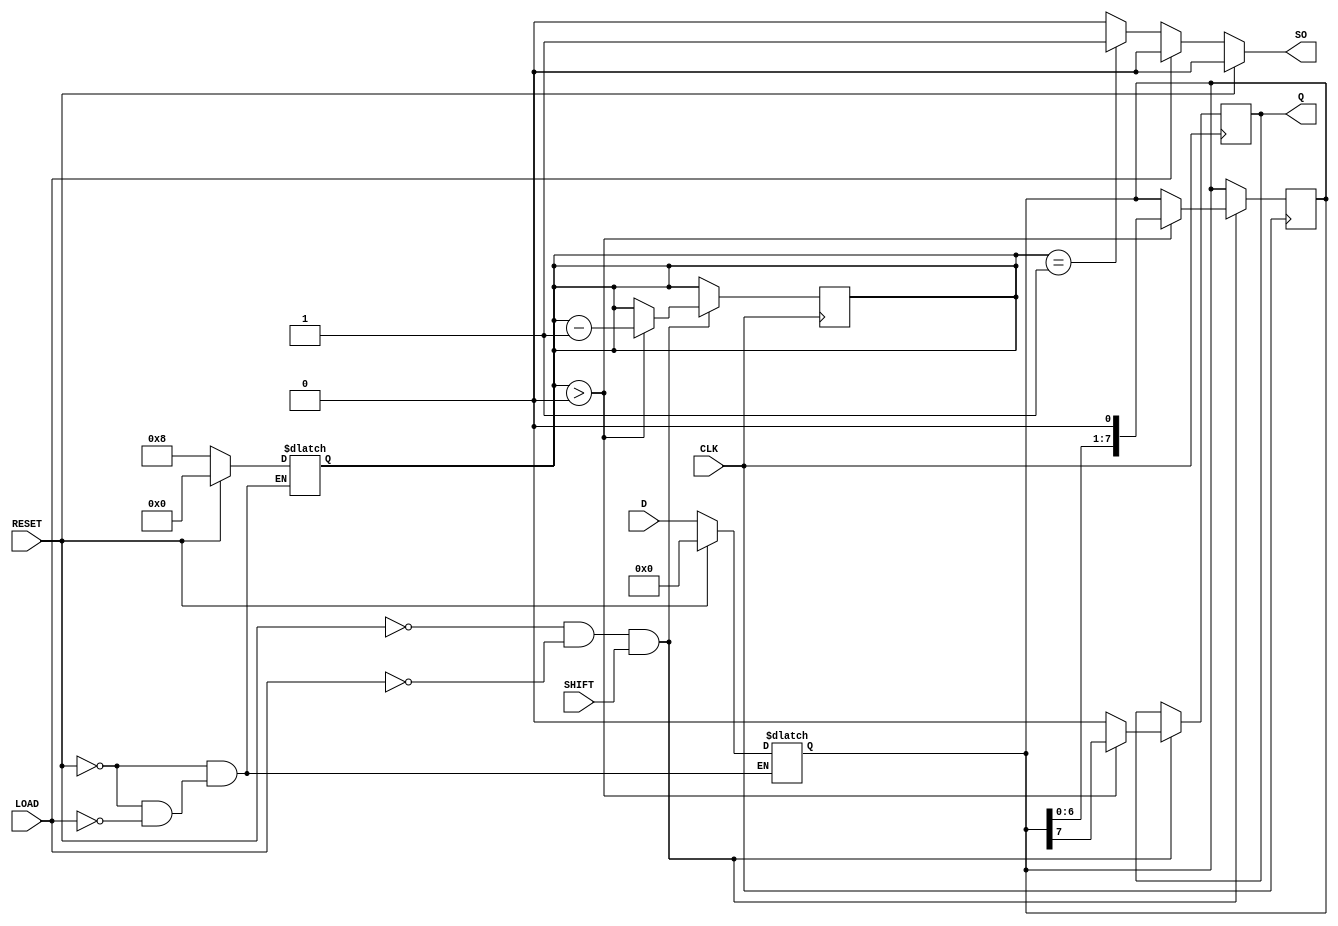
module PISO_Register #(
    parameter WIDTH = 8  // Define the width of the register
)(
    input wire [WIDTH-1:0] D,      // Parallel data inputs
    input wire LOAD,                // Load control signal
    input wire SHIFT,               // Shift control signal
    input wire CLK,                 // Clock signal
    input wire RESET,               // Asynchronous reset signal
    output reg Q,                   // Serial output
    output reg SO                   // Shifted Out Indicator
);

    reg [WIDTH-1:0] shift_reg;      // Internal shift register
    reg [3:0] bit_count;             // Counter for the number of bits shifted out

    // Asynchronous reset and loading
    always @(*) begin
        if (RESET) begin
            shift_reg = {WIDTH{1'b0}}; // Clear the register
            bit_count = 0;             // Reset bit count
            SO = 1'b0;                 // Clear shifted out indicator
        end else if (LOAD) begin
            shift_reg = D;             // Load data into the register
            bit_count = WIDTH;         // Set bit count to WIDTH
            SO = 1'b0;                 // Clear shifted out indicator
        end else begin
            SO = (bit_count == 1) ? 1'b1 : 1'b0; // Set SO when last bit is shifted out
        end
    end

    // Shifting operation
    always @(posedge CLK) begin
        if (!RESET && !LOAD && SHIFT) begin
            if (bit_count > 0) begin
                Q <= shift_reg[WIDTH-1]; // Shift out the MSB
                shift_reg <= {shift_reg[WIDTH-2:0], 1'b0}; // Shift left
                bit_count <= bit_count - 1; // Decrement bit count
            end else begin
                Q <= 1'b0; // If no bits left to shift, output 0
            end
        end
    end

endmodule